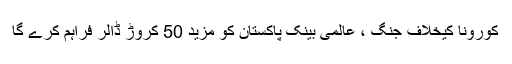
کورونا کیخلاف جنگ ، عالمی بینک پاکستان کو مزید 50 کروڑ ڈالر فراہم کرے گا